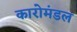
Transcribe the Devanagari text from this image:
कारोमंडल